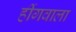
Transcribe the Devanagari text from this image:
हींगवाला